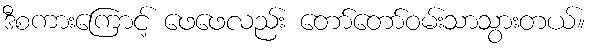
ဒီစကားကြောင့် ဖေဖေလည်း တော်တော်ဝမ်းသာသွားတယ်။